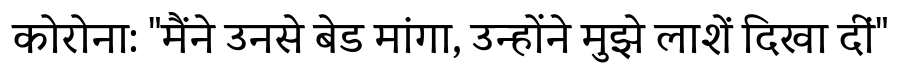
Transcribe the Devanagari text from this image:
कोरोना: "मैंने उनसे बेड मांगा, उन्होंने मुझे लाशें दिखा दीं"